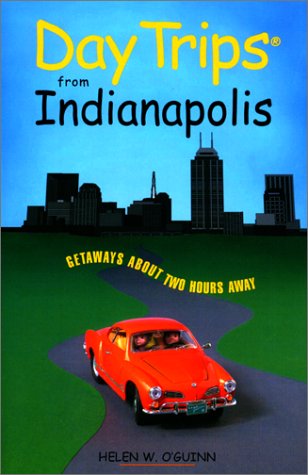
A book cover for Day Trips from Indianapolis: Getaways Approximately Two Hours Away (Day Trips Series); Helen W. O'Guinn; Travel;